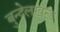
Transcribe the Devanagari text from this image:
बुन्देलखन्ड